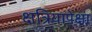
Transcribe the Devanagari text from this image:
क्षत्रियापेक्षा